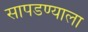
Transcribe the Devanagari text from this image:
सापडण्याला